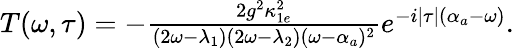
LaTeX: \begin{array}{r}{T(\omega,\tau)=-\frac{2g^{2}\kappa_{1e}^{2}}{(2\omega-\lambda_{1})(2\omega-\lambda_{2})(\omega-\alpha_{a})^{2}}e^{-i|\tau|(\alpha_{a}-\omega)}.}\end{array}